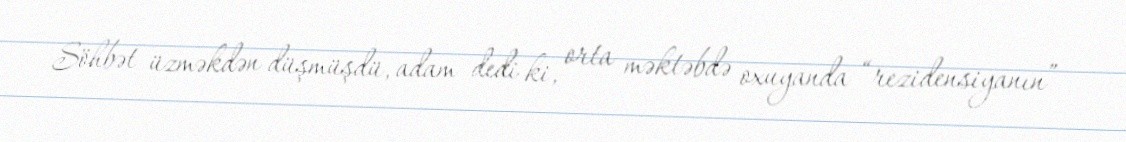
Söhbət üzməkdən düşmüşdü, adam dedi ki, orta məktəbdə oxuyanda “rezidensiyanın”